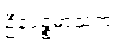
ဦနပဉ္စမာသကံ